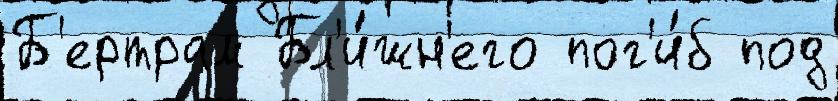
Б'ертрам Бл'и́жн'его пог'и́б под